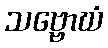
သဗ္ဗောဃံ